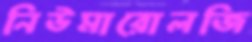
নিউমারোলজি